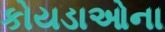
કોયડાઓના